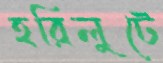
হরিলুটে